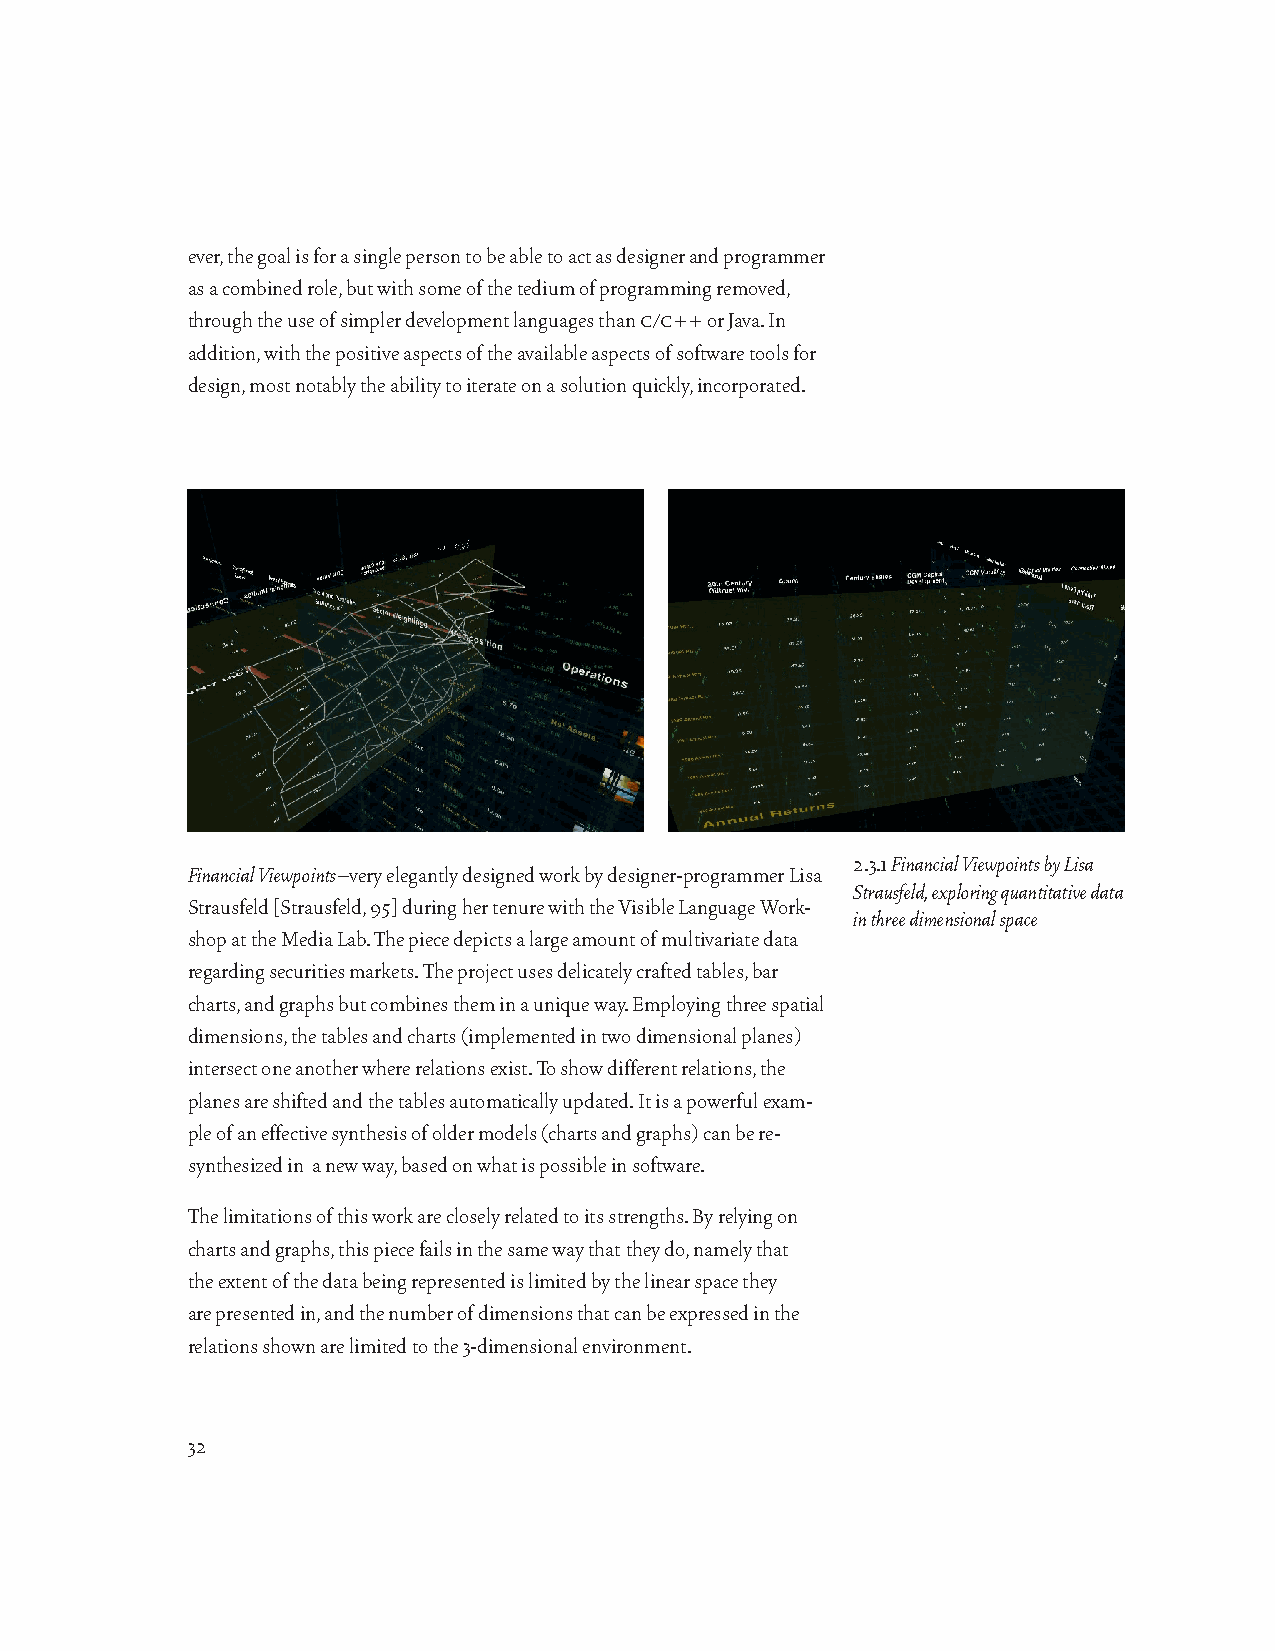
ever, the goal is for a single person to be able to act as designer and programmer
 as a combined role, but with some of the tedium of programming removed,
 through the use of simpler development languages than c/c++ or Java. In
 addition, with the positive aspects of the available aspects of software tools for
 design, most notably the ability to iterate on a solution quickly, incorporated.
 2.3.1 Financial Viewpoints by Lisa
 Financial Viewpoints–very elegantly designed work by designer-programmer Lisa
 Strausfeld, exploring quantitative data
 Strausfeld [Strausfeld, 95] during her tenure with the Visible Language Work-
 in three dimensional space
 shop at the Media Lab. The piece depicts a large amount of multivariate data
 regarding securities markets. The project uses delicately crafted tables, bar
 charts, and graphs but combines them in a unique way. Employing three spatial
 dimensions, the tables and charts (implemented in two dimensional planes)
 intersect one another where relations exist. To show different relations, the
 planes are shifted and the tables automatically updated. It is a powerful exam-
 ple of an effective synthesis of older models (charts and graphs) can be re-
 synthesized in a new way, based on what is possible in software.
 The limitations of this work are closely related to its strengths. By relying on
 charts and graphs, this piece fails in the same way that they do, namely that
 the extent of the data being represented is limited by the linear space they
 are presented in, and the number of dimensions that can be expressed in the
 relations shown are limited to the 3-dimensional environment.
 32